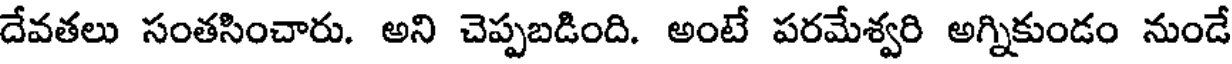
దేవతలు సంతసించారు. అని చెప్పబడింది. అంటే పరమేశ్వరి అగ్నికుండం నుండే